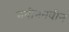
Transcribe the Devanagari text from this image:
नवीननवीन